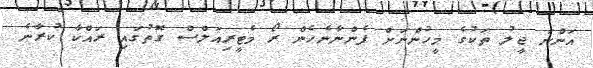
އަންނަ ޖީލު ތަކުގެ މީހުންނަށް ފެންނާނެހެން ރޯ މެޓީރިއަލްސް ގޮތުގައި ރައްކާ ކުރާނެ